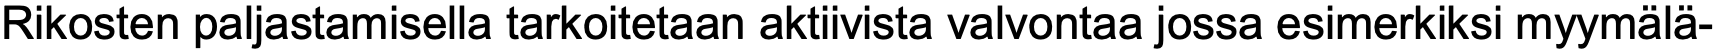
Rikosten paljastamisella tarkoitetaan aktiivista valvontaa jossa esimerkiksi myymälä-